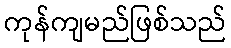
ကုန်ကျမည်ဖြစ်သည်